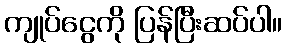
ကျုပ်ငွေကို ပြန်ပြီးဆပ်ပါ။